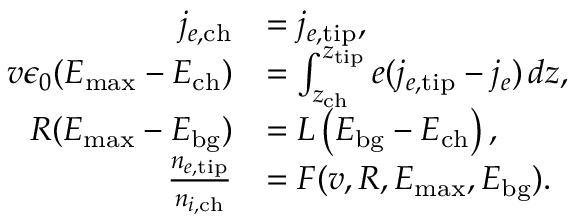
\begin{array} { r l } { j _ { e , \mathrm { c h } } } & { = j _ { e , \mathrm { t i p } } , } \\ { v \epsilon _ { 0 } ( E _ { \mathrm { m a x } } - E _ { \mathrm { c h } } ) } & { = \int _ { z _ { \mathrm { c h } } } ^ { z _ { \mathrm { t i p } } } e ( j _ { e , \mathrm { t i p } } - j _ { e } ) \, d z , } \\ { R ( E _ { \mathrm { m a x } } - E _ { \mathrm { b g } } ) } & { = L \left( E _ { \mathrm { b g } } - E _ { \mathrm { c h } } \right) , } \\ { \frac { n _ { e , \mathrm { t i p } } } { n _ { i , \mathrm { c h } } } } & { = F ( v , R , E _ { \mathrm { m a x } } , E _ { \mathrm { b g } } ) . } \end{array}